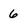
Character: 6